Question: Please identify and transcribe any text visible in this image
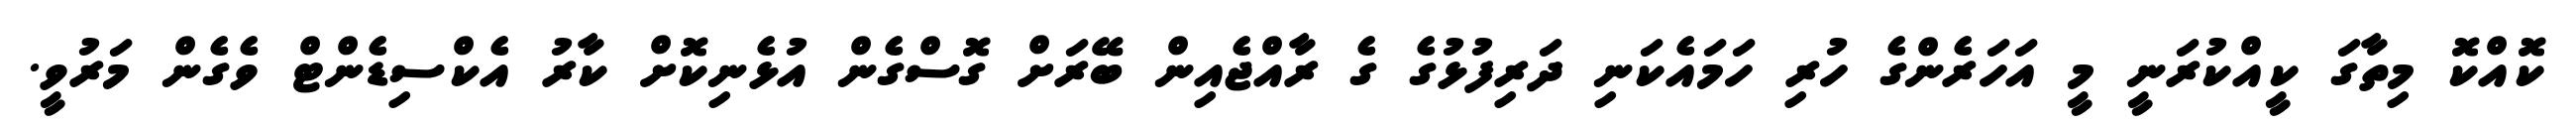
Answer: ކޮއްކޮ މިތާގަ ކީއްކުރަނީ މީ އަހަރެންގެ ހުރި ހަމައެކަނި ދަރިފުޅުގެ ގެ ރާއްޖެއިން ބޭރަށް ގޮސްގެން އުޅެނިކޮށް ކާރު އެކްސިޑެންޓް ވެގެން މަރުވީ.